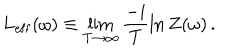
LaTeX: L _ { \mathrm { e f f } } ( \omega ) \equiv \lim _ { T \to \infty } \frac { - i } { T } \ln Z ( \omega ) \, .